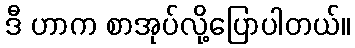
ဒီ ဟာက စာအုပ်လို့ပြောပါတယ်။